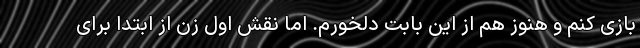
بازی کنم و هنوز هم از این بابت دلخورم. اما نقش اول زن از ابتدا برای